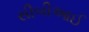
સીબીઆઈ